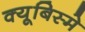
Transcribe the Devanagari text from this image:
क्यूबिस्मे